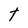
Character: t